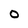
Character: O